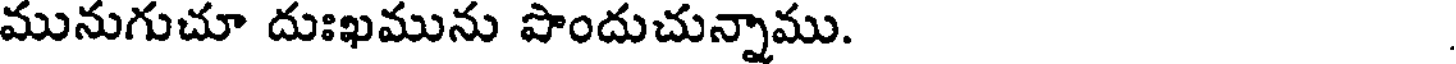
మునుగుచూ దుఃఖమును పొందుచున్నాము.